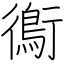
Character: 鵆